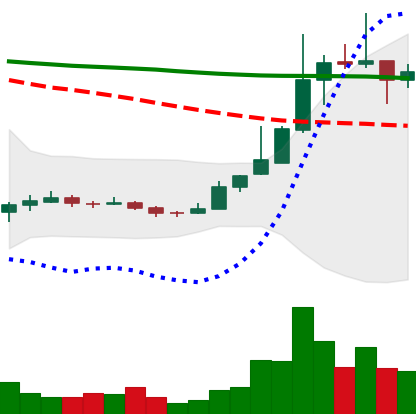
Ticker: TRX-USD
Chart end date: 2018-12-26
Forward return: -7.928%
Label: down_7plus